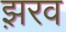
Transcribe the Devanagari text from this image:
झ़रव